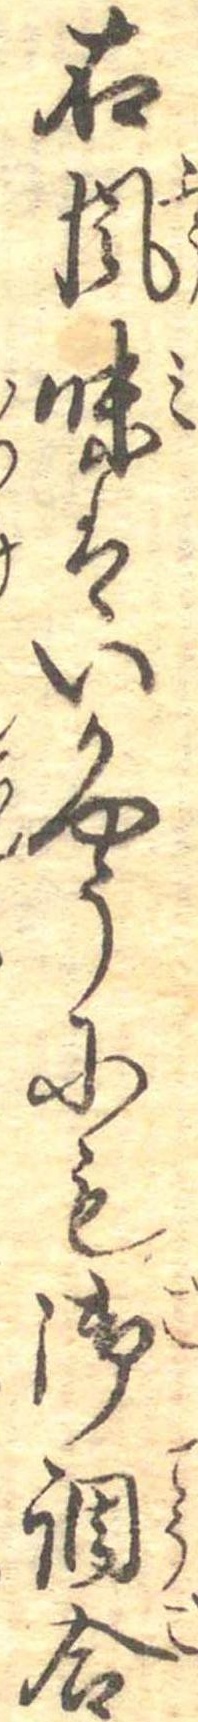
右風味はいかやうにも御調合